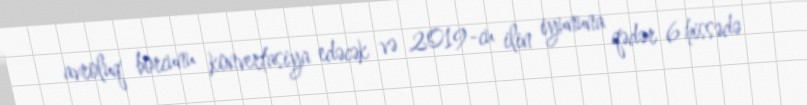
avroluq borcunu konvertasiya edəcək və 2019-cu ilin iyununa qədər 6 hissədə